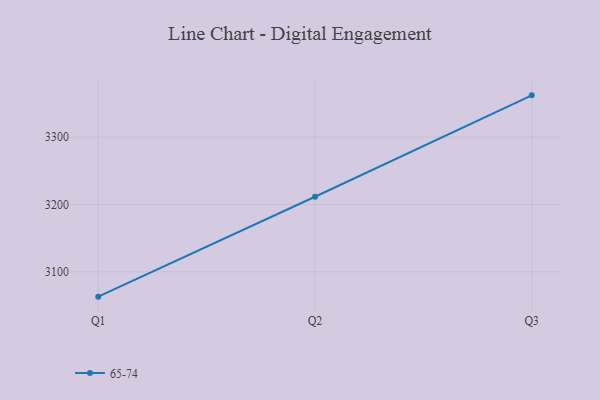
{"axis": {"x": "Quarter", "y": "Active Users"}, "legend": ["65-74"], "data": [{"x": "Q1", "y": 3063.2, "type": "65-74"}, {"x": "Q2", "y": 3211.5, "type": "65-74"}, {"x": "Q3", "y": 3362.0, "type": "65-74"}]}